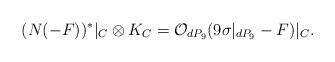
LaTeX: \begin{align*}(N (-F))^{*}|_C\otimes K_C= {\cal O}_{dP_9}(9 \sigma|_{dP_9} -F)|_C.\end{align*}